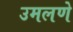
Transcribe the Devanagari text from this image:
उमलणे